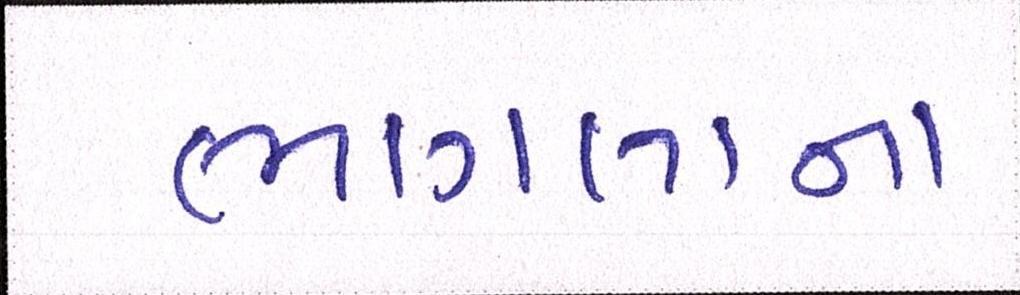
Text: ભાગલાના